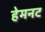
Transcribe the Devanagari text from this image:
हेमनट